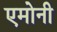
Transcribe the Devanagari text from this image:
एमोनी